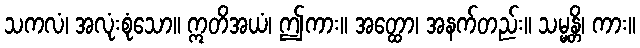
သကလံ၊ အလုံးစုံသော။ ဣတိအယံ၊ ဤကား။ အတ္ထော၊ အနက်တည်း။ သမ္မန္တိ၊ ကား။